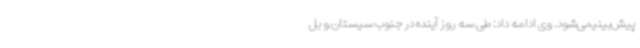
پیش‌بینیمی‌شود. وی ادامه داد: طی سه روز آینده در جنوب سیستان و بل